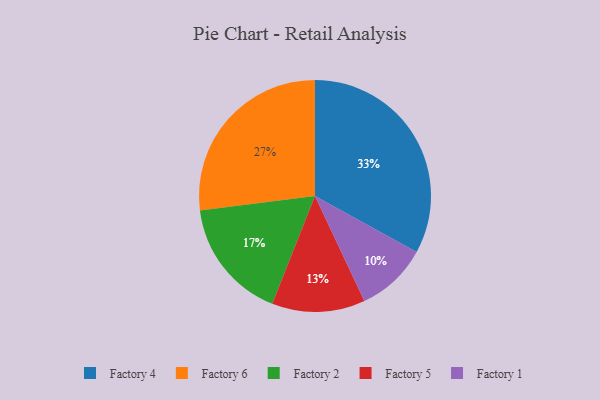
{"axis": {"x": "Category", "y": "Percentage"}, "legend": ["Factory 1", "Factory 2", "Factory 4", "Factory 5", "Factory 6"], "data": [{"x": "Factory 2", "y": 17, "type": "Factory 2"}, {"x": "Factory 5", "y": 13, "type": "Factory 5"}, {"x": "Factory 1", "y": 10, "type": "Factory 1"}, {"x": "Factory 4", "y": 33, "type": "Factory 4"}, {"x": "Factory 6", "y": 27, "type": "Factory 6"}]}